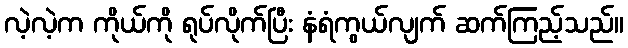
လဲ့လဲ့က ကိုယ်ကို ရုပ်လိုက်ပြီး နံရံကွယ်လျက် ဆက်ကြည့်သည်။